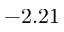
- 2 . 2 1